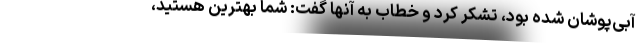
آبی‌پوشان شده بود، تشکر کرد و خطاب به آنها گفت: شما بهترین هستید،